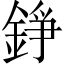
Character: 錚